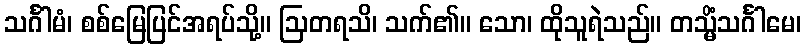
သင်္ဂါမံ၊ စစ်မြေပြင်အရပ်သို့။ ဩတရသိ၊ သက်၏။ သော၊ ထိုသူရဲသည်။ တသ္မိံသင်္ဂါမေ၊